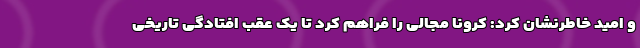
و امید خاطرنشان کرد: کرونا مجالی را فراهم کرد تا یک عقب افتادگی تاریخی